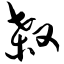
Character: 杀